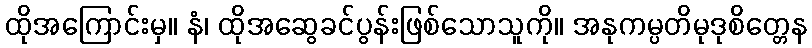
ထိုအကြောင်းမှ။ နံ၊ ထိုအဆွေခင်ပွန်းဖြစ်သောသူကို။ အနုကမ္ပတိမုဒုစိတ္တေန